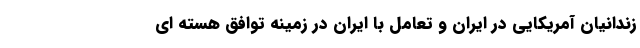
زندانیان آمریکایی در ایران و تعامل با ایران در زمینه توافق هسته ای